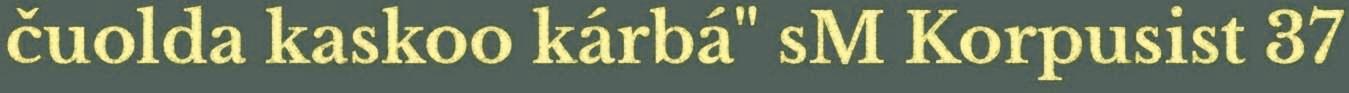
čuolda kaskoo kárbá" sM Korpusist 37